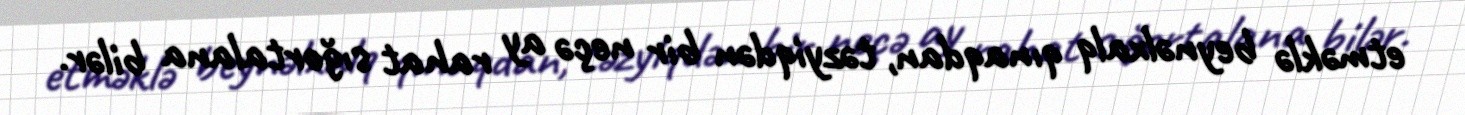
etməklə beynəlxalq qınaqdan, təzyiqdən bir neçə ay rahat sığortalana bilər.